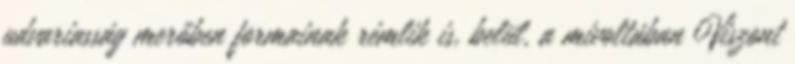
udvariasság merőben formainak rémlik is, belül, a mivoltában Viszont